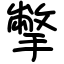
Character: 撆